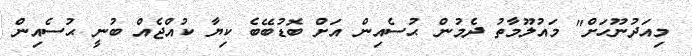
މިއަދުނޫހަށް" މައުލޫމާތު ދެމުން ޙުސެއިން އަށް ބޮޑުބޭބެ ކިޔާ ކުއްޖެއް ބުނީ ޙުސެއިން